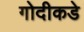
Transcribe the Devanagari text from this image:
गोदीकडे